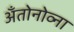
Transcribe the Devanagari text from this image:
अँतोनोव्ना